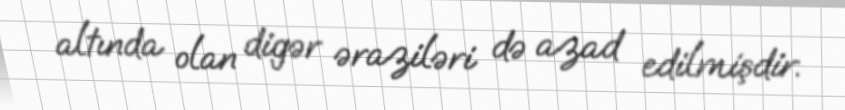
altında olan digər əraziləri də azad edilmişdir.